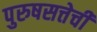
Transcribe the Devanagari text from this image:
पुरुषसत्तेची